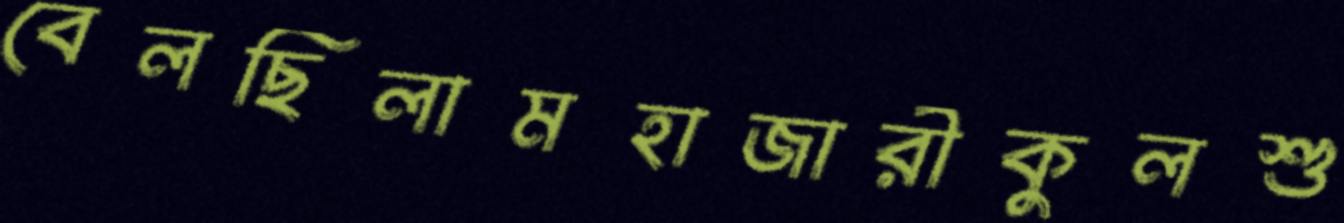
বেলছিলামহাজারীকুলশু